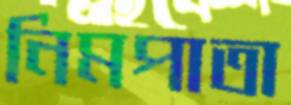
নিমপাতা